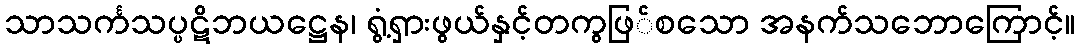
သာသင်္ကသပ္ပဋိဘယဋ္ဌေန၊ ရွံ့ရှားဖွယ်နှင့်တကွဖြ်စသော အနက်သဘောကြောင့်။